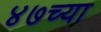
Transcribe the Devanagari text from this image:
४७च्या